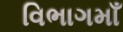
વિભાગમાઁ